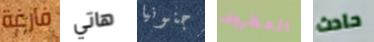
فارغة هاتي جنونيا المظروف حادث